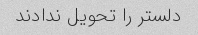
دلستر را تحویل ندادند